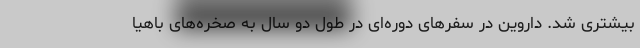
بیشتری شد. داروین در سفرهای دوره‌ای در طول دو سال به صخره‌های باهیا